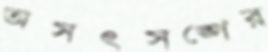
অসৎসঙ্গের